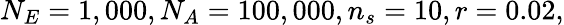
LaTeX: N_{E}=1,000,N_{A}=100,000,n_{s}=10,r=0.02,